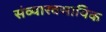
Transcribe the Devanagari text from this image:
संव्यारवसायिक